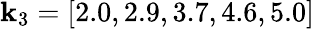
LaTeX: \mathbf{k}_{3}=[2.0,2.9,3.7,4.6,5.0]